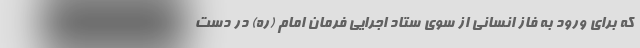
که برای ورود به فاز انسانی از سوی ستاد اجرایی فرمان امام (ره) در دست